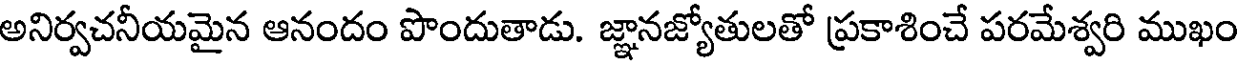
అనిర్వచనీయమైన ఆనందం పొందుతాడు. జ్ఞానజ్యోతులతో ప్రకాశించే పరమేశ్వరి ముఖం